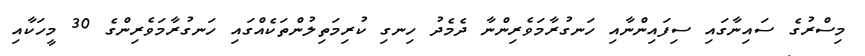
މިސްރުގެ ސައިނާގައި ސިފައިންނާއި ހަނގުރާމަވެރިންނާ ދެމެދު ހިނގި ކުރިމަތިލުންތަކެއްގައި ހަނގުރާމަވެރިންގެ 30 މީހަކާއި